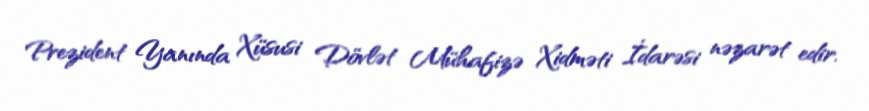
Prezident Yanında Xüsusi Dövlət Mühafizə Xidməti İdarəsi nəzarət edir.